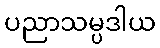
ပညာသမ္ပဒါယ